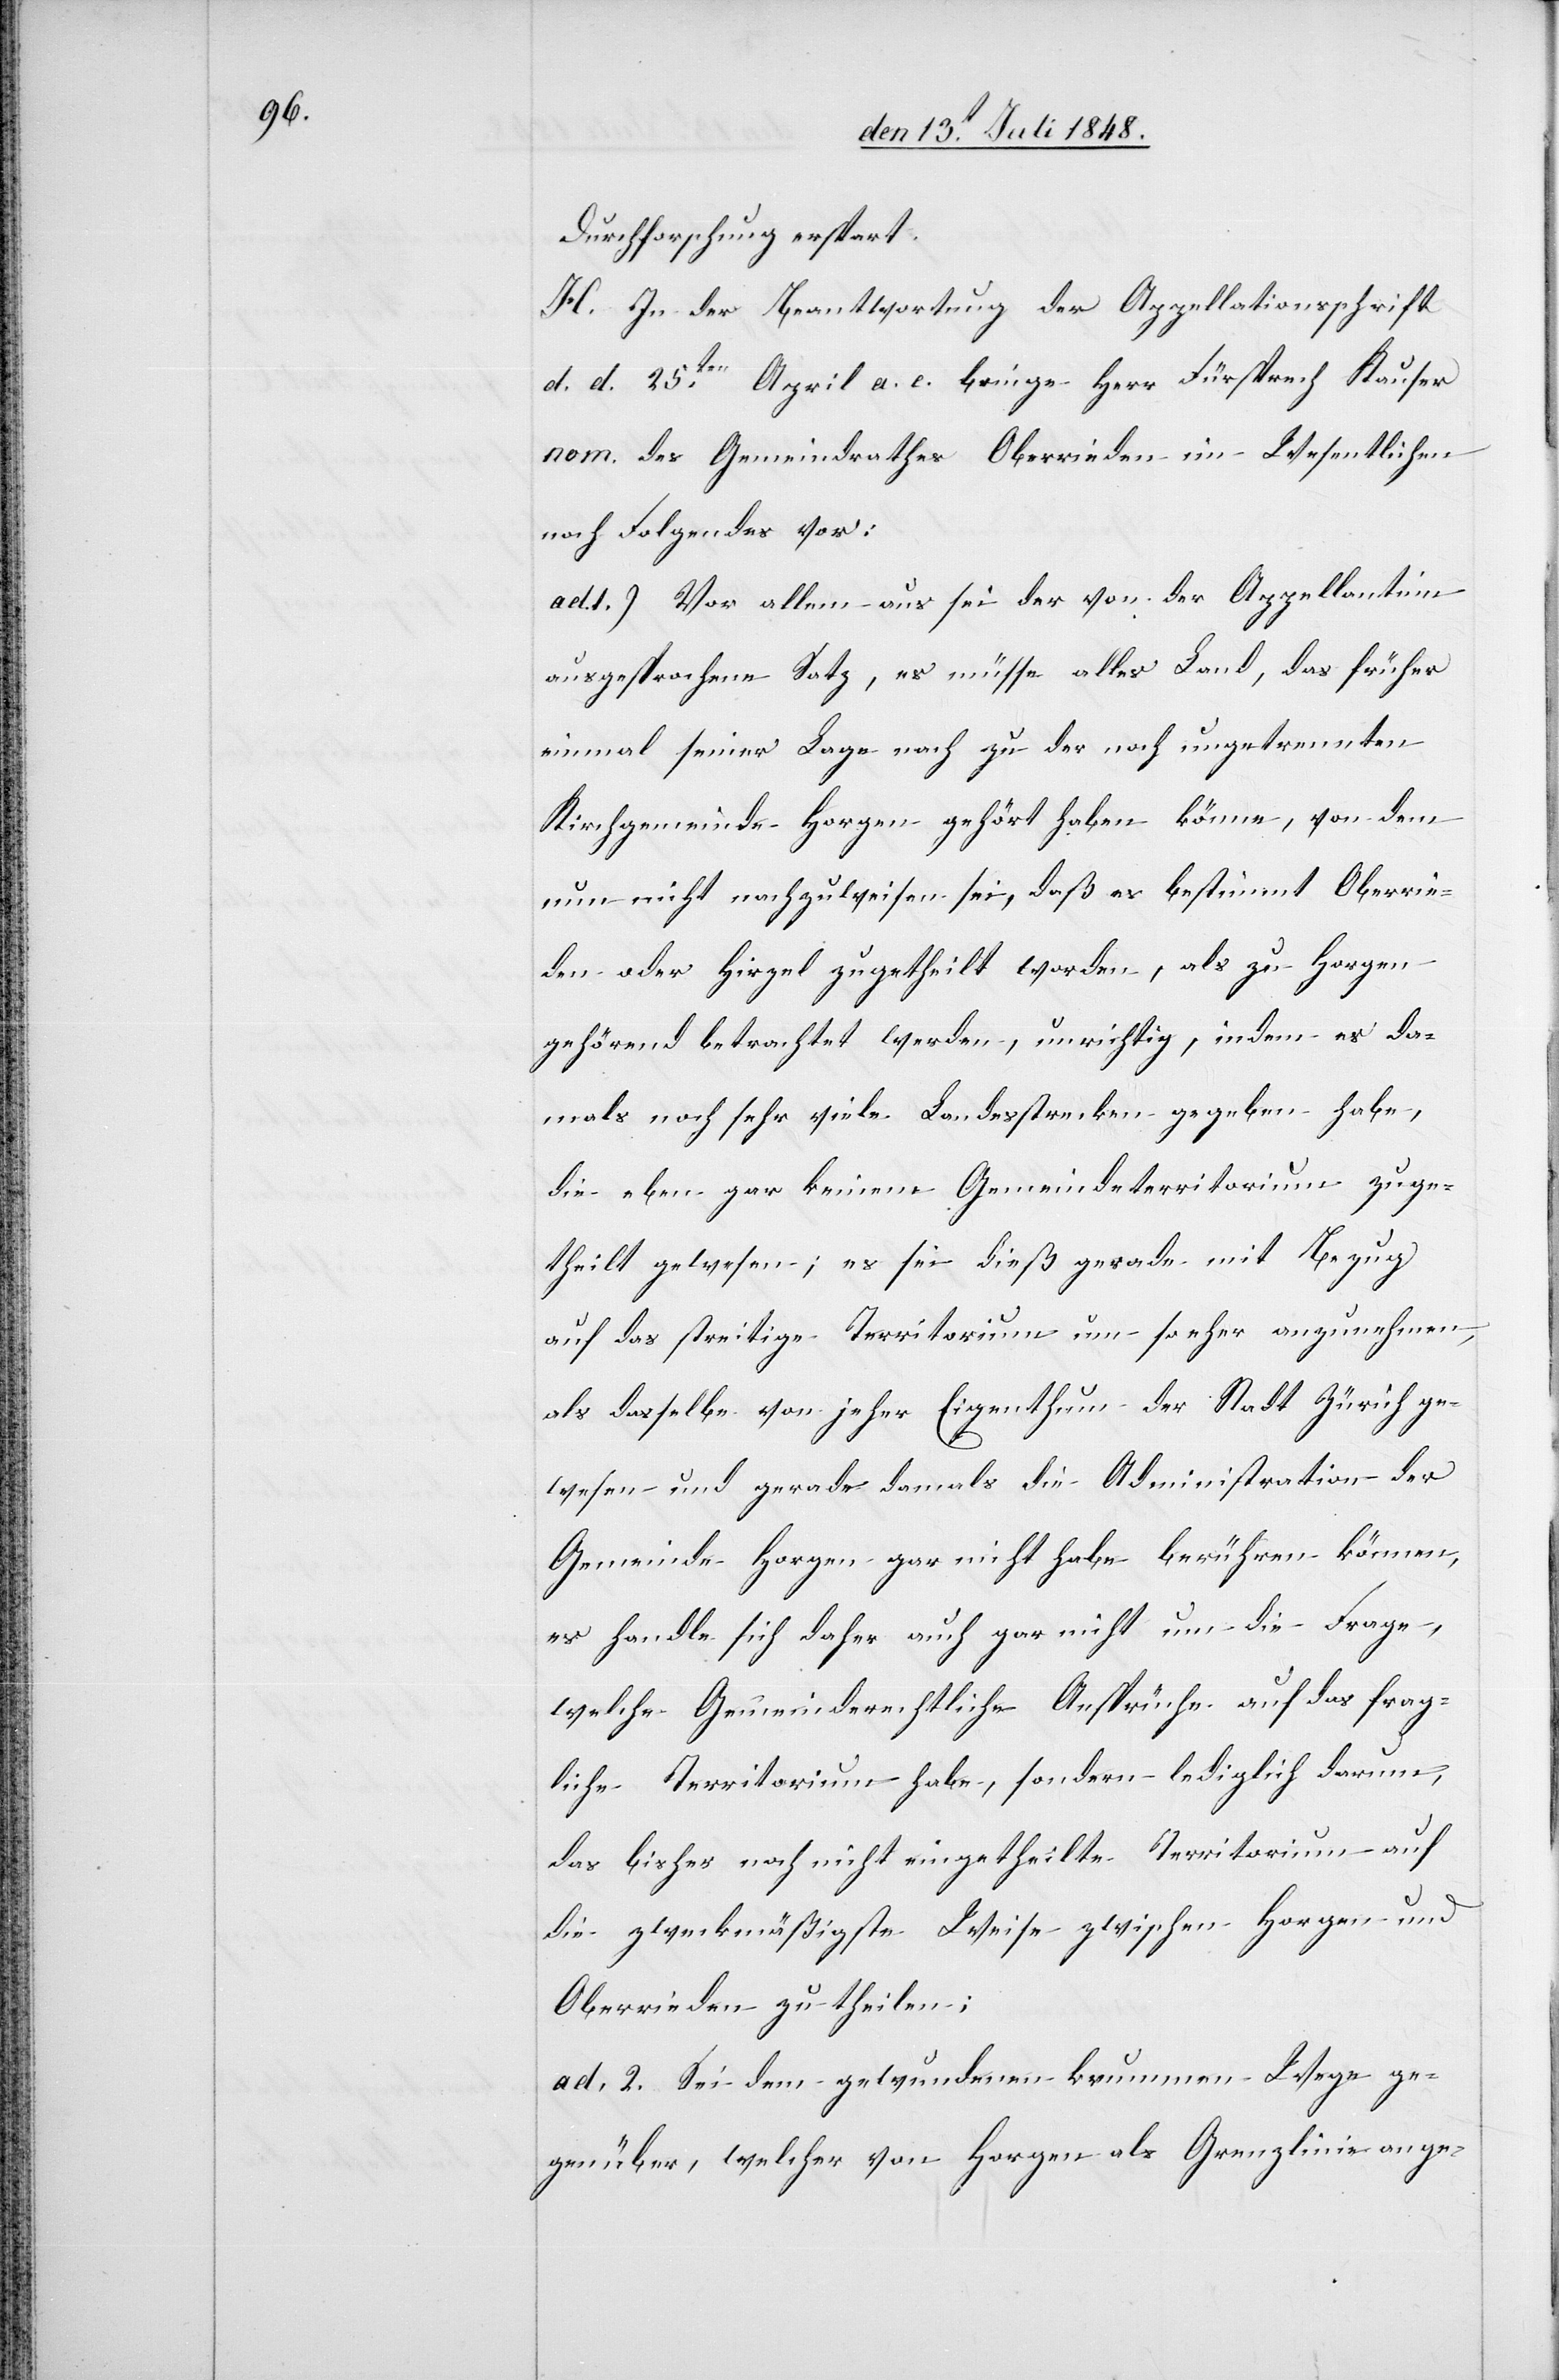
Durchforschung erspart.
H. In der Beantwortung der Appellationsschrift
d. d. 25ten April a. c. bringe Herr Fürsprech Kauser
nom. des Gemeindrathes Oberrieden im Wesentlichen
noch Folgendes vor:
ad 1.) Vor allem aus sei der von der Appellantinn
ausgesprochene Satz, es müsse alles Land, was früher
einmal seiner Lage nach zu der noch ungetrennten
Kirchgemeinde Horgen gehört haben könne, von dem
nun nicht nachzuweisen sei, daß es bestimmt Oberrie¬
den oder Hirzel zugetheilt worden, als zu Horgen
gehörend betrachtet werden, unrichtig, indem es da¬
mals noch sehr viele Landesstrecken gegeben habe,
die eben gar keinem Gemeindeterritorium zuge¬
theilt gewesen; es sei dieß gerade mit Bezug
auf das streitige Territorium um so eher anzunehmen,
als dasselbe von jeher Eigenthum der Stadt Zürich ge¬
wesen und gerade damals in Administration der
Gemeinde Horgen gar nicht habe berühren können,
es handle sich daher auch gar nicht um die Frage,
welche Gemeinde rechtliche Ansprüche auf das frag¬
liche Territorium habe, sondern lediglich darum,
das bisher noch nicht eingetheilte Territorium auf
die zweckmäßigste Weise zwischen Horgen und
Oberrieden zu theilen.
ad. 2. Sei dem gewundenen krummen Wege ge¬
genüber, welcher von Horgen als Grenzlinie ange-